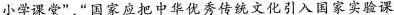
小学课堂”，”国家应把中华优秀传统文化引入国家实验课